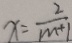
x = \frac { 2 } { m + 1 }